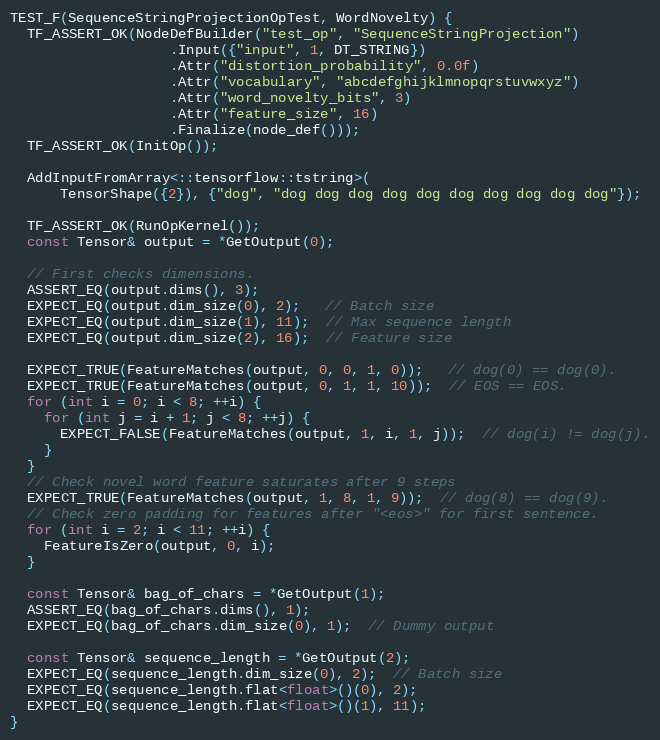
Language: C++
TEST_F(SequenceStringProjectionOpTest, WordNovelty) {
  TF_ASSERT_OK(NodeDefBuilder("test_op", "SequenceStringProjection")
                   .Input({"input", 1, DT_STRING})
                   .Attr("distortion_probability", 0.0f)
                   .Attr("vocabulary", "abcdefghijklmnopqrstuvwxyz")
                   .Attr("word_novelty_bits", 3)
                   .Attr("feature_size", 16)
                   .Finalize(node_def()));
  TF_ASSERT_OK(InitOp());

  AddInputFromArray<::tensorflow::tstring>(
      TensorShape({2}), {"dog", "dog dog dog dog dog dog dog dog dog dog"});

  TF_ASSERT_OK(RunOpKernel());
  const Tensor& output = *GetOutput(0);

  // First checks dimensions.
  ASSERT_EQ(output.dims(), 3);
  EXPECT_EQ(output.dim_size(0), 2);   // Batch size
  EXPECT_EQ(output.dim_size(1), 11);  // Max sequence length
  EXPECT_EQ(output.dim_size(2), 16);  // Feature size

  EXPECT_TRUE(FeatureMatches(output, 0, 0, 1, 0));   // dog(0) == dog(0).
  EXPECT_TRUE(FeatureMatches(output, 0, 1, 1, 10));  // EOS == EOS.
  for (int i = 0; i < 8; ++i) {
    for (int j = i + 1; j < 8; ++j) {
      EXPECT_FALSE(FeatureMatches(output, 1, i, 1, j));  // dog(i) != dog(j).
    }
  }
  // Check novel word feature saturates after 9 steps
  EXPECT_TRUE(FeatureMatches(output, 1, 8, 1, 9));  // dog(8) == dog(9).
  // Check zero padding for features after "<eos>" for first sentence.
  for (int i = 2; i < 11; ++i) {
    FeatureIsZero(output, 0, i);
  }

  const Tensor& bag_of_chars = *GetOutput(1);
  ASSERT_EQ(bag_of_chars.dims(), 1);
  EXPECT_EQ(bag_of_chars.dim_size(0), 1);  // Dummy output

  const Tensor& sequence_length = *GetOutput(2);
  EXPECT_EQ(sequence_length.dim_size(0), 2);  // Batch size
  EXPECT_EQ(sequence_length.flat<float>()(0), 2);
  EXPECT_EQ(sequence_length.flat<float>()(1), 11);
}